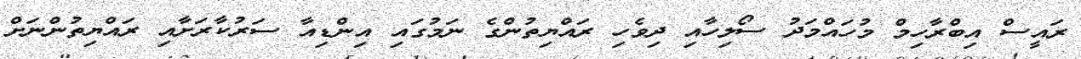
ރައީސް އިބްރާހިމް މުހައްމަދު ސޯލިހާއި ދިވެހި ރައްޔިތުންގެ ނަމުގައި އިންޑިއާ ސަރުކާރަށާއި ރައްޔިތުންނަށް